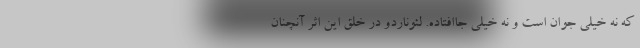
که نه خیلی جوان است و نه خیلی جاافتاده. لئوناردو در خلق این اثر آنچنان